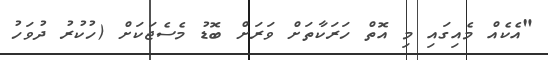
"އެކެއް މެއިގައި މި އޮތް ހަރަކާތަށް ވަރަށް ބޮޑު މެސެޖަކަށް (ހުކުރު ދުވަހު